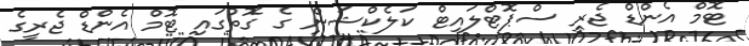
ޓޮމް އެންޑް ޖެރީ ސްޕޮޓްލައިޓް ކަލެކްޝަން ގެ ގޮތުގައި ޓޮމް އެންޑް ޖެރީގެ